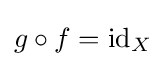
g\circ f=\operatorname {id} _{X}